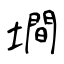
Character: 墹